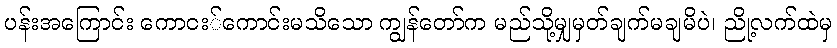
ပန်းအကြောင်း ကောငး်ကောင်းမသိသော ကျွန်တော်က မည်သို့မျှမှတ်ချက်မချမိပဲ၊ ညို့လက်ထဲမှ